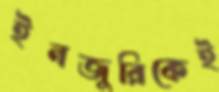
ইনজুরিকেই